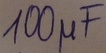
Text: 100µF